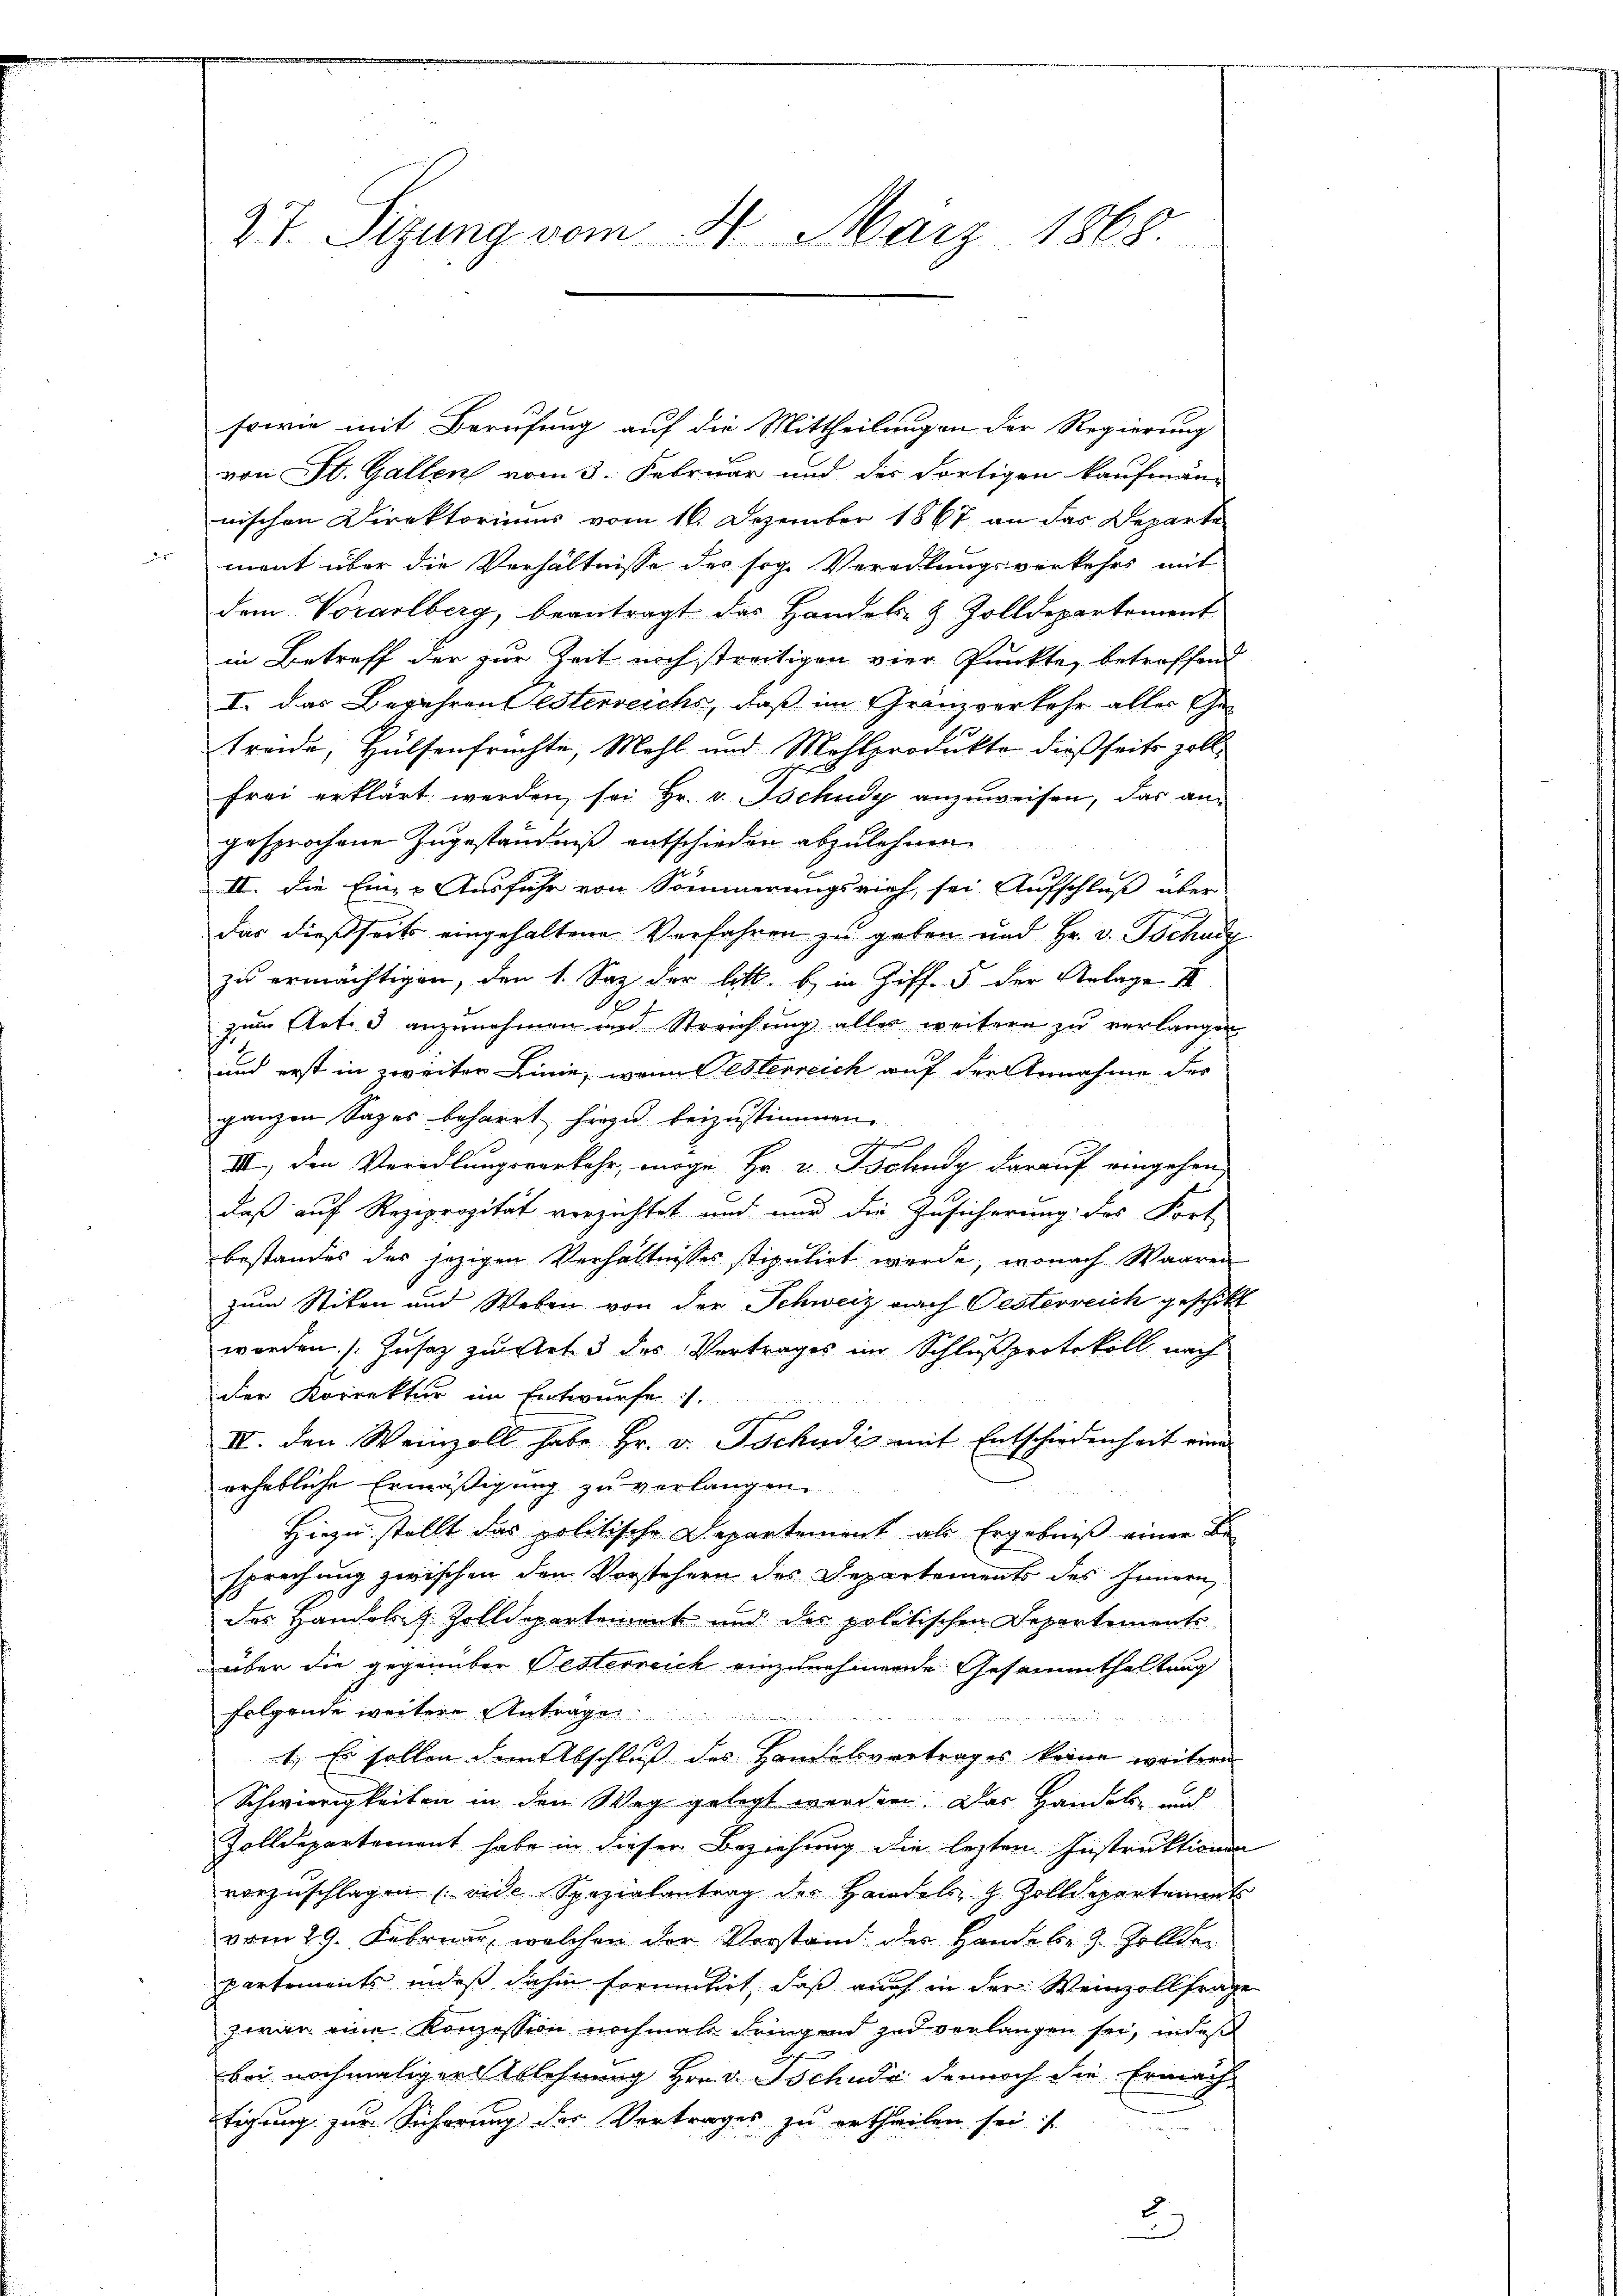
sowie mit Berufung auf die Mittheilungen der Regierung
von St. Gallen vom 3. Februar und des dortigen kaufmännischen Direktoriums vom 16. Dezember 1867 an das Departe
ment über die Verhältnisse des sog. Verandlungsverkehrs mit
dem Vorarlberg, beantragt das Handels- & Zolldepartement
in Betreff der zur Zeit noch streitigen vier Punkte, betroffend
I. das Begehren Festerreichs, daß im Gränzverkehr alles Ge-
treide, Hülsenfrüchte, Mehl und Mehlprodukte dießseits zollfrei erklärt werden, sei Hr. v. Tschudy anzuweisen, das angesprochene Zugeständniß entschieden abzulehnen.
II. Die Eine Ausfuhr von Sommerungsrich, sei Aufschluß über
das dießseits eingehaltene Verfahren zu geben und Hr. v. Tschade
zu ermächtigen, den 1. Saz der litt. b. in Ziff. 5 der Anlage II
zum Art. 3 anzunehmen und Streichung alles weitern zu verlangen
und erst in zweiter Linie, wann Pesterreich auf der Annahme der
ganzen Sages beharrt hiezu beizustimmen.
h
III. den Veredlungsverkehr, möge Hr. v. Tschudy darauf eingehen,
daß auf Reziprozität verzichtet und mir die Zusicherung des Fort
bestandes der jezigen Verhältnisses stipulirt werde, wonach Waaren
zum Stiten und Weben von der Schweiz nach Oesterreich geschikt
werden. (Zusatz zu Art. 3 des Vertrages im Schlußprotokoll nach
der Korrektur im Entwurfes.
III. den Weinzoll habe Hr. v. Tschudiz mit Entschiedenheit eine
erhebliche Ermäßigung zu verlangen.
Hiezu stellt das politische Departement als Ergebniß einer Be
sprechung zwischen den Vorstehern des Departements des Innern
des Handelt Zolldepartement und des politischen Departements-
über die gegenüber Festerreich einzunehmende Gesammthaltung
folgende weitere Antrags
1.) Es sollen dem Abschluß des Handelsvertrages keine weitern
Schwierigkeiten in den Weg gelegt werden. Das Handels- und
Zolldepartement habe in dieser Beziehung die lezten Instruktionen
vorzŭschlagen (vide Spezialantrag der Handels z. Zolldepartements
vom 29. Februar, welchen der Verstand des Handeln 9. Zollder
partements indeß dahin formulirt, daß auch in der Weinzollfrage
zwar eine Konzession nochmals dringend zu verlangen sei, indes
bei nochmaliger Ablehnung Hrn. v. Tschudi dennoch die Ermächtigung zur Sicherung der Vertrages zu ertheilen sei.
2

27. Sizung vom 4. März 1868

.